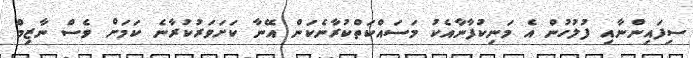
ސިފައިންނާއި ފުލުހުން އެ މަނިކުފާނާއެކު މަސައްކަތްކުރާނެކަން އޭނާ ކަށަވަރުކުރާނެ ކަމަށް ވެސް ނާޒިމް